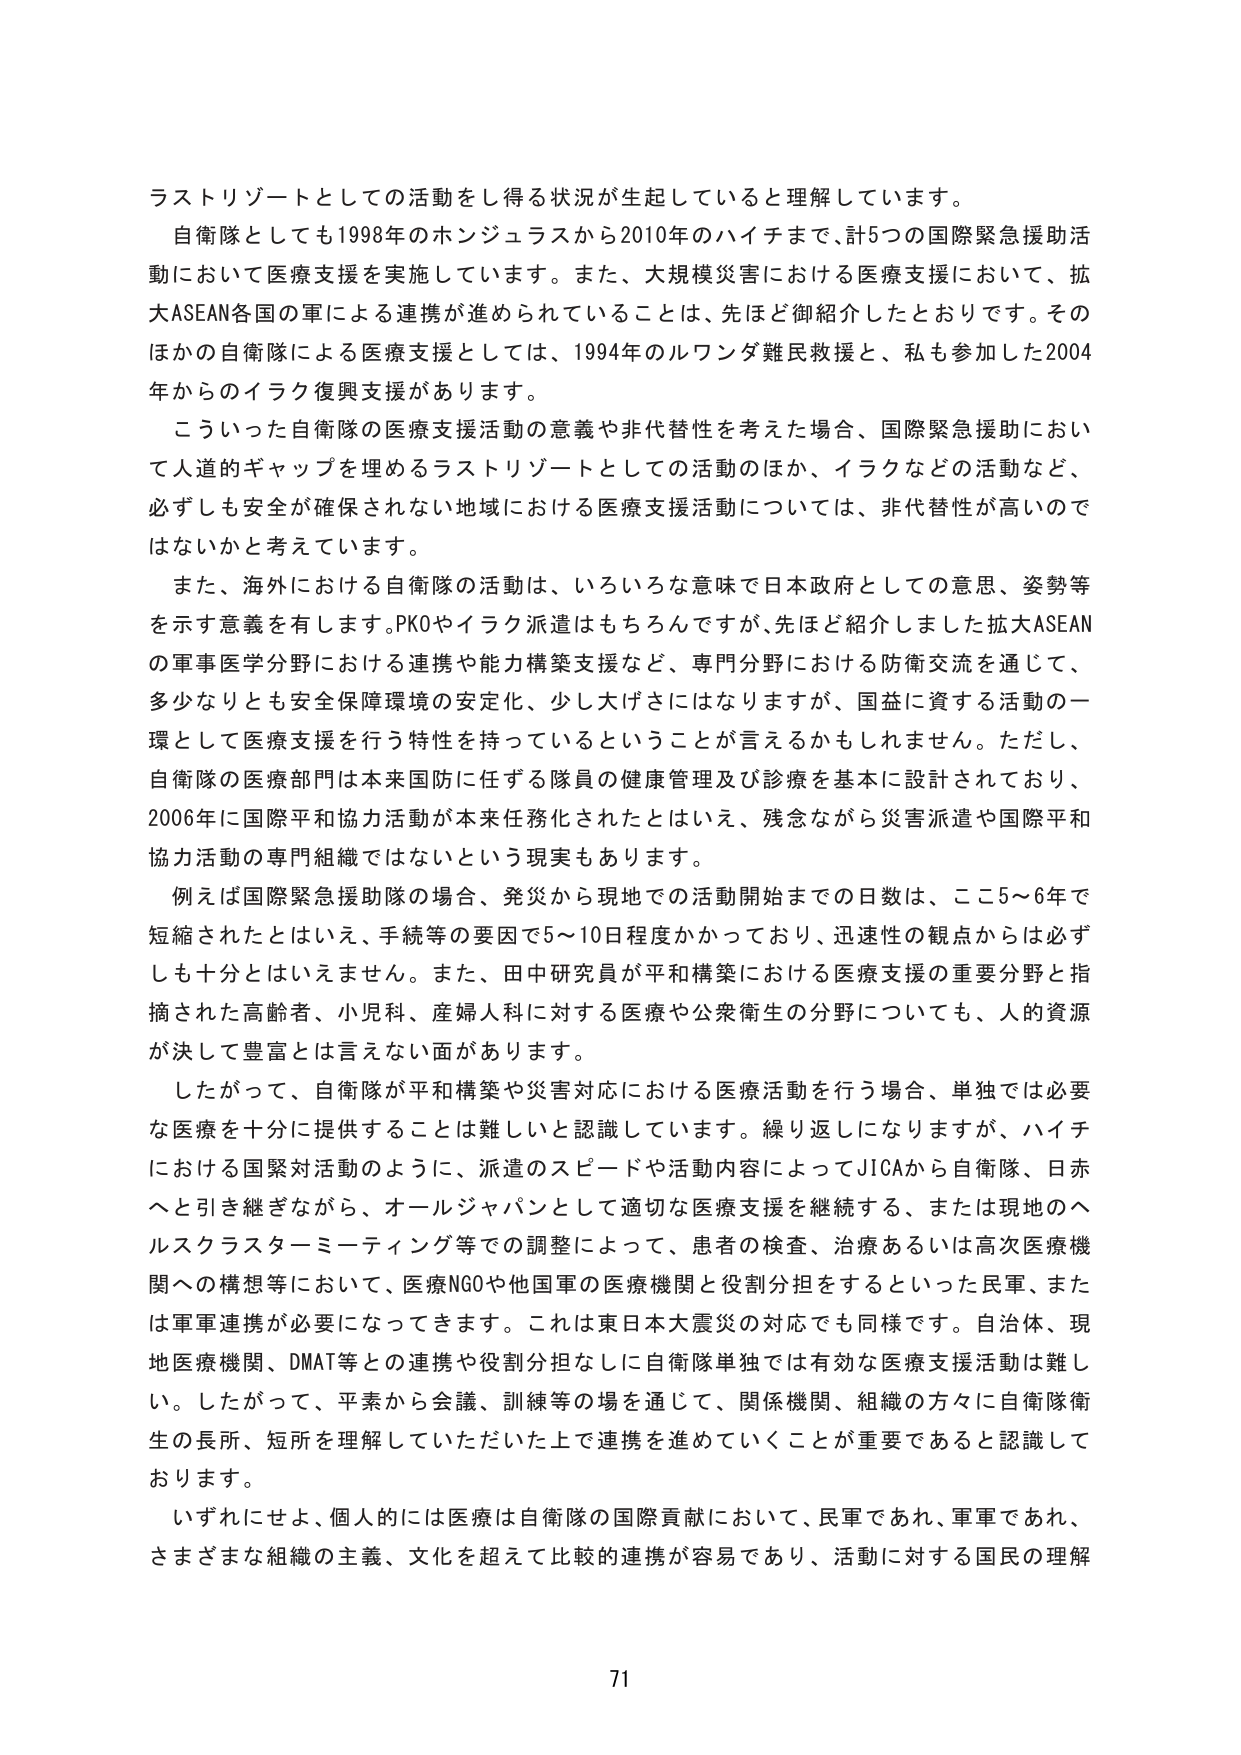
ラストリゾートとしての活動をし得る状況が生起していると理解しています。

自衛隊としても1998年のホンジュラスから2010年のハイチまで、計5つの国際緊急援助活動において医療支援を実施しています。また、大規模災害における医療支援において、拡大ASEAN各国の軍による連携が進められていることは、先ほど御紹介したとおりです。そのほかの自衛隊による医療支援としては、1994年のルワンダ難民救援と、私も参加した2004年からのイラク復興支援があります。

こういった自衛隊の医療支援活動の意義や非代替性を考えた場合、国際緊急援助において人道的ギャップを埋めるラストリゾートとしての活動のほか、イラクなどの活動など、必ずしも安全が確保されない地域における医療支援活動については、非代替性が高いのではないかと考えています。

また、海外における自衛隊の活動は、いろいろな意味で日本政府としての意思、姿勢等を示す意義を有します。PKOやイラク派遣はもちろんですが、先ほど紹介しました拡大ASEANの軍事医学分野における連携や能力構築支援など、専門分野における防衛交流を通じて、多少なりとも安全保障環境の安定化、少し大げさにはなりますが、国益に資する活動の一環として医療支援を行う特性を持っているということが言えるかもしれません。ただし、自衛隊の医療部門は本来国防に任ずる隊員の健康管理及び診療を基本に設計されており、2006年に国際平和協力活動が本来任務化されたとはいえ、残念ながら災害派遣や国際平和協力活動の専門組織ではないという現実もあります。

例えば国際緊急援助隊の場合、発災から現地での活動開始までの日数は、ここ5～6年で短縮されたとはいえ、手続等の要因で5～10日程度かかっており、迅速性の観点からは必ずしも十分とはいえません。また、田中研究員が平和構築における医療支援の重要分野と指摘された高齢者、小児科、産婦人科に対する医療や公衆衛生の分野についても、人的資源が決して豊富とは言えない面があります。

したがって、自衛隊が平和構築や災害対応における医療活動を行う場合、単独では必要な医療を十分に提供することは難しいと認識しています。繰り返しになりますが、ハイチにおける国緊対活動のように、派遣のスピードや活動内容によってJICAから自衛隊、日赤へと引き継ぎながら、オールジャパンとして適切な医療支援を継続する、または現地のヘルスクラスターミーティング等での調整によって、患者の検査、治療あるいは高次医療機関への構想等において、医療NGOや他国軍の医療機関と役割分担をするといった民軍、または軍軍連携が必要になってきます。これは東日本大震災の対応でも同様です。自治体、現地医療機関、DMAT等との連携や役割分担なしに自衛隊単独では有効な医療支援活動は難しい。したがって、平素から会議、訓練等の場を通じて、関係機関、組織の方々に自衛隊衛生の長所、短所を理解していただいた上で連携を進めていくことが重要であると認識しております。

いずれにせよ、個人的には医療は自衛隊の国際貢献において、民軍であれ、軍軍であれ、さまざまな組織の主義、文化を超えて比較的連携が容易であり、活動に対する国民の理解

71